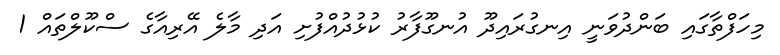
މިހަފްތާގައި ބަންދުވަނީ އިނގުރައިދޫ އުނގޫފާރު ކުޅުދުއްފުށި އަދި މާލެ އޭރިއާގެ ސްކޫލްތައް 1